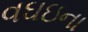
વઘઇના